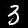
Label: 3